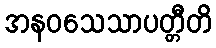
အနဝသေသာပတ္တီတိ